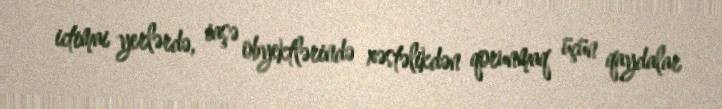
ictimai yerlərdə, iaşə obyektlərində xəstəlikdən qorunmaq üçün qaydalar